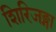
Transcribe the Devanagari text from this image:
शिरिजङ्गा